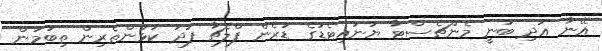
އޭނާ އަދި ބުނީ މެންޗެސްޓާ ޔުނައިޓެޑުގެ ޑަރެން ފްލެޗާ ފަދަ ކުޅުންތެރިން ތިބުމުން